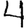
Digit: 4